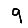
Digit: 9